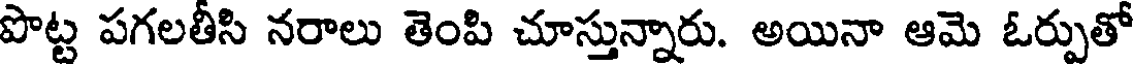
పొట్ట పగలతీసి నరాలు తెంపి చూస్తున్నారు. అయినా ఆమె ఓర్పుతో